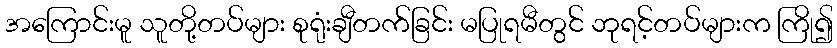
အကြောင်းမူ သူတို့တပ်များ စုရုံးချီတက်ခြင်း မပြုရမီတွင် ဘုရင့်တပ်များက ကြို၍